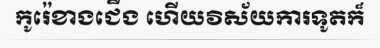
កូរ៉េខាងជើង ហើយវិស័យការទូតក៏